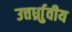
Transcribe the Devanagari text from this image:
उत्तर्ध्राुवीय